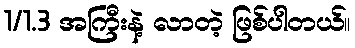
1/1.3 အကြီးနဲ့ လာတဲ့ ဖြစ်ပါတယ်။